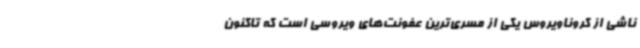
ناشی از کروناویروس یکی از مسری‌ترین عفونت‌های ویروسی است که تاکنون